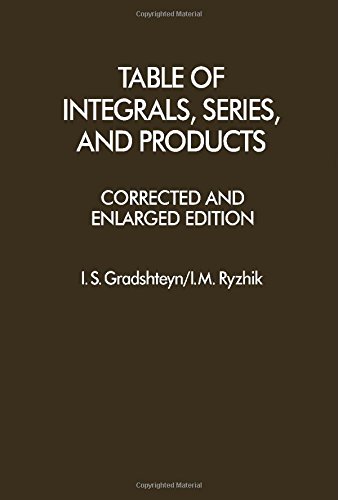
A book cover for Table of Integrals, Series and Products, Corrected and Enlarged Edition; I.S. Gradshteyn; Science & Math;